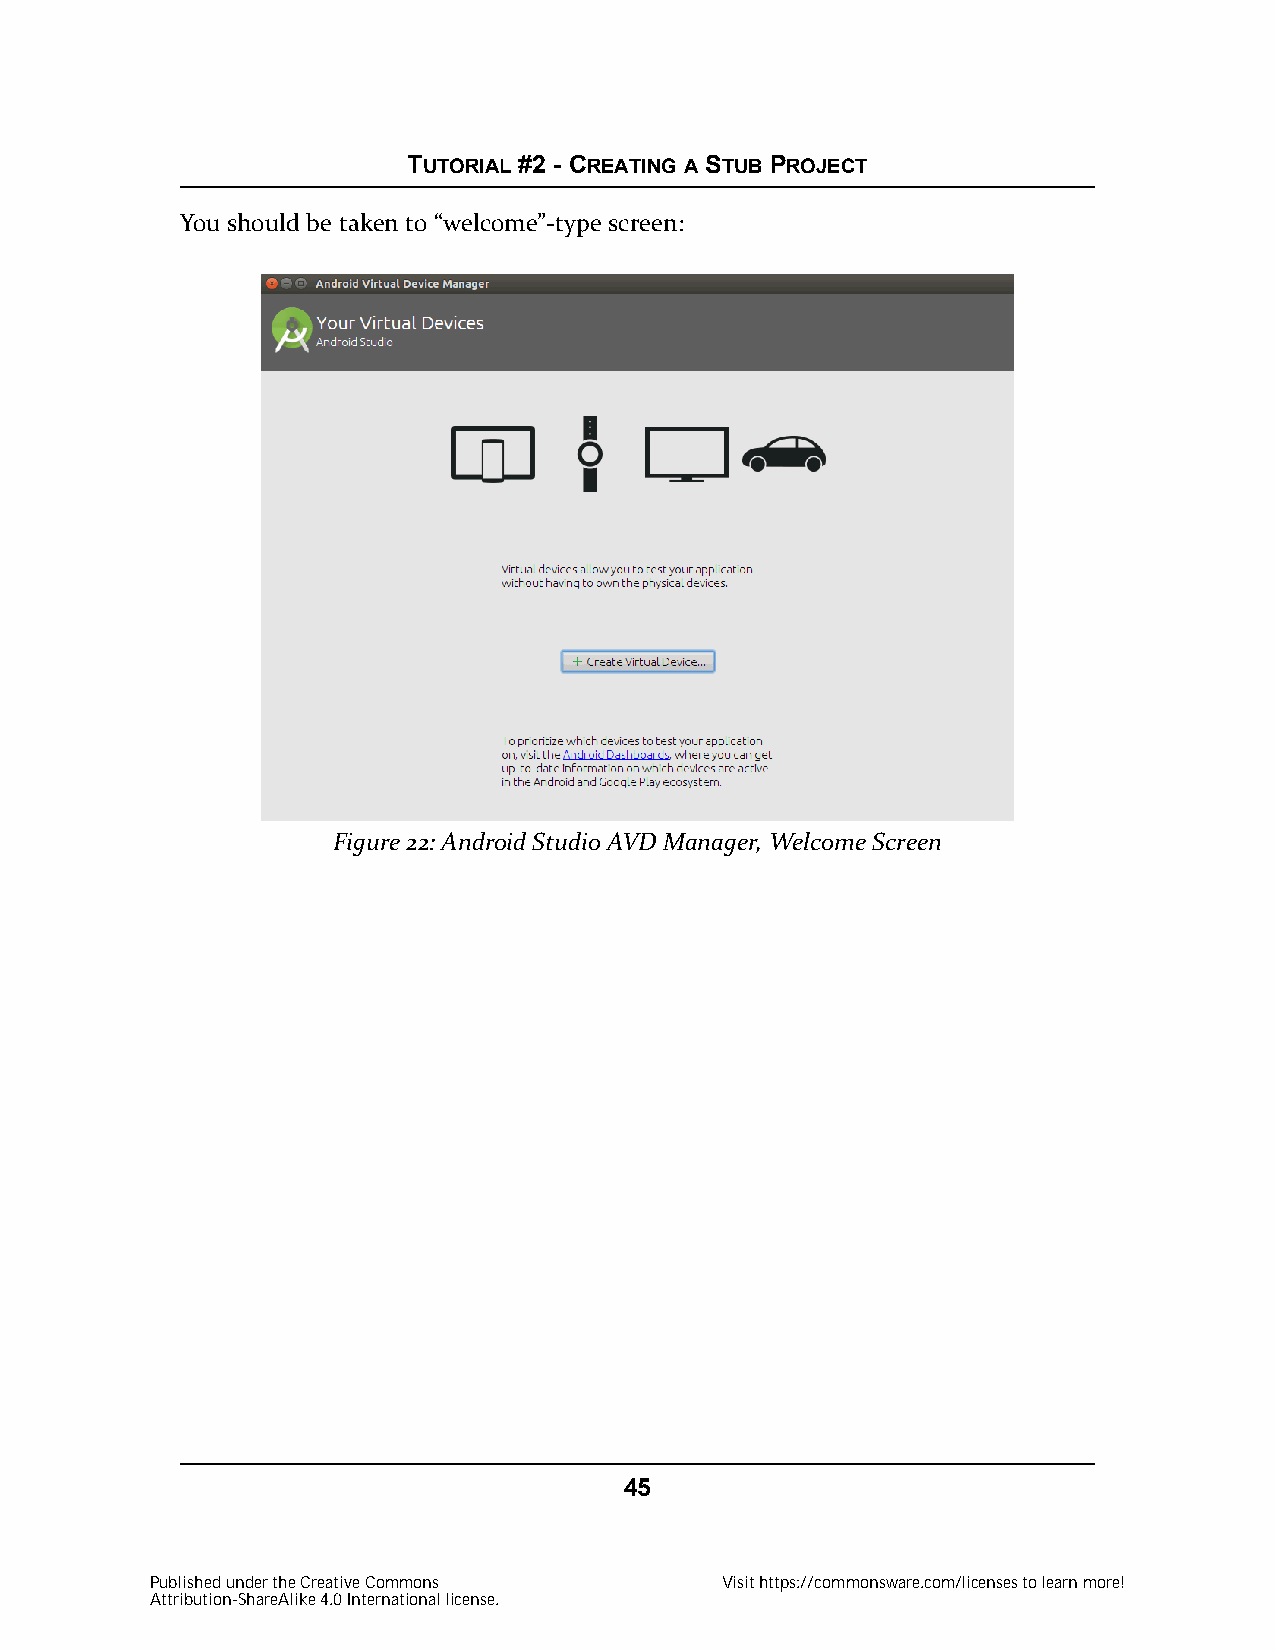
TUTORIAL #2 - CREATING A STUB PROJECT
 You should be taken to “welcome”-type screen:
 Figure 22: Android Studio AVD Manager, Welcome Screen
 45
 Published under the Creative Commons  Visit https://commonsware.com/licenses to learn more!
 Attribution-ShareAlike 4.0 International license.